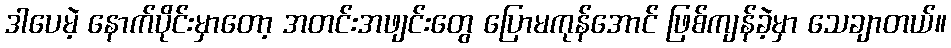
ဒါပေမဲ့ နောက်ပိုင်းမှာတော့ အတင်းအဖျင်းတွေ ပြောမကုန်အောင် ဖြစ်ကျန်ခဲ့မှာ သေချာတယ်။